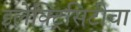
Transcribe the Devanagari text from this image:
इलेक्ट्रिसिटीचा